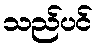
သည်ပင်